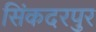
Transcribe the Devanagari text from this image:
सिंकदरपुर